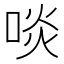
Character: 啖